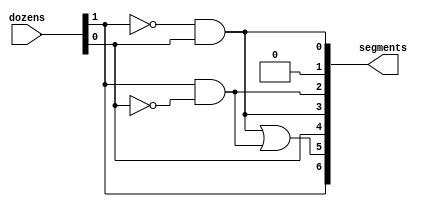
module dozens_decoder(
    input [1:0] dozens,
    output [7:0] segments
);

and(segments[0], !dozens[1], dozens[0]);

assign segments[1] = 0;

and(segments[2], dozens[1], !dozens[0]);

assign segments[3] = segments[0];

assign segments[4] = dozens[0];

or(segments[5], segments[0], segments[2]);

not(segments[6], !dozens[1]);

endmodule